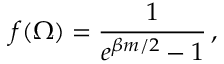
f ( \Omega ) = \frac { 1 } { e ^ { \beta m / 2 } - 1 } \, ,